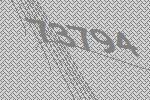
73794